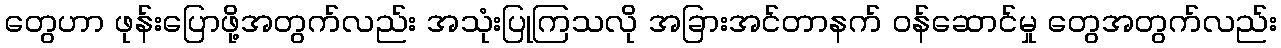
တွေဟာ ဖုန်းပြောဖို့အတွက်လည်း အသုံးပြုကြသလို အခြားအင်တာနက် ဝန်ဆောင်မှု တွေအတွက်လည်း